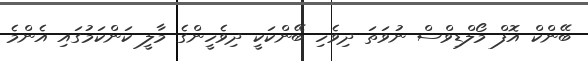
ބޭންކް އޮފް މޯލްޑިވްސް ނުވަތަ ދިވެހި ބޭންކަކީ ދިވެހީންގެ މާލީ ކަންކަމުގައި އެންމެ